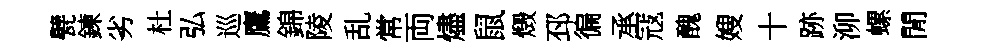
甓鍊劣杜弘巡鷹錦陵乱常両燼鼠燬邳徧承冦醜嫂十跡泖螺閒